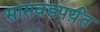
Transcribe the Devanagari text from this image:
सासवडपर्य़ंत